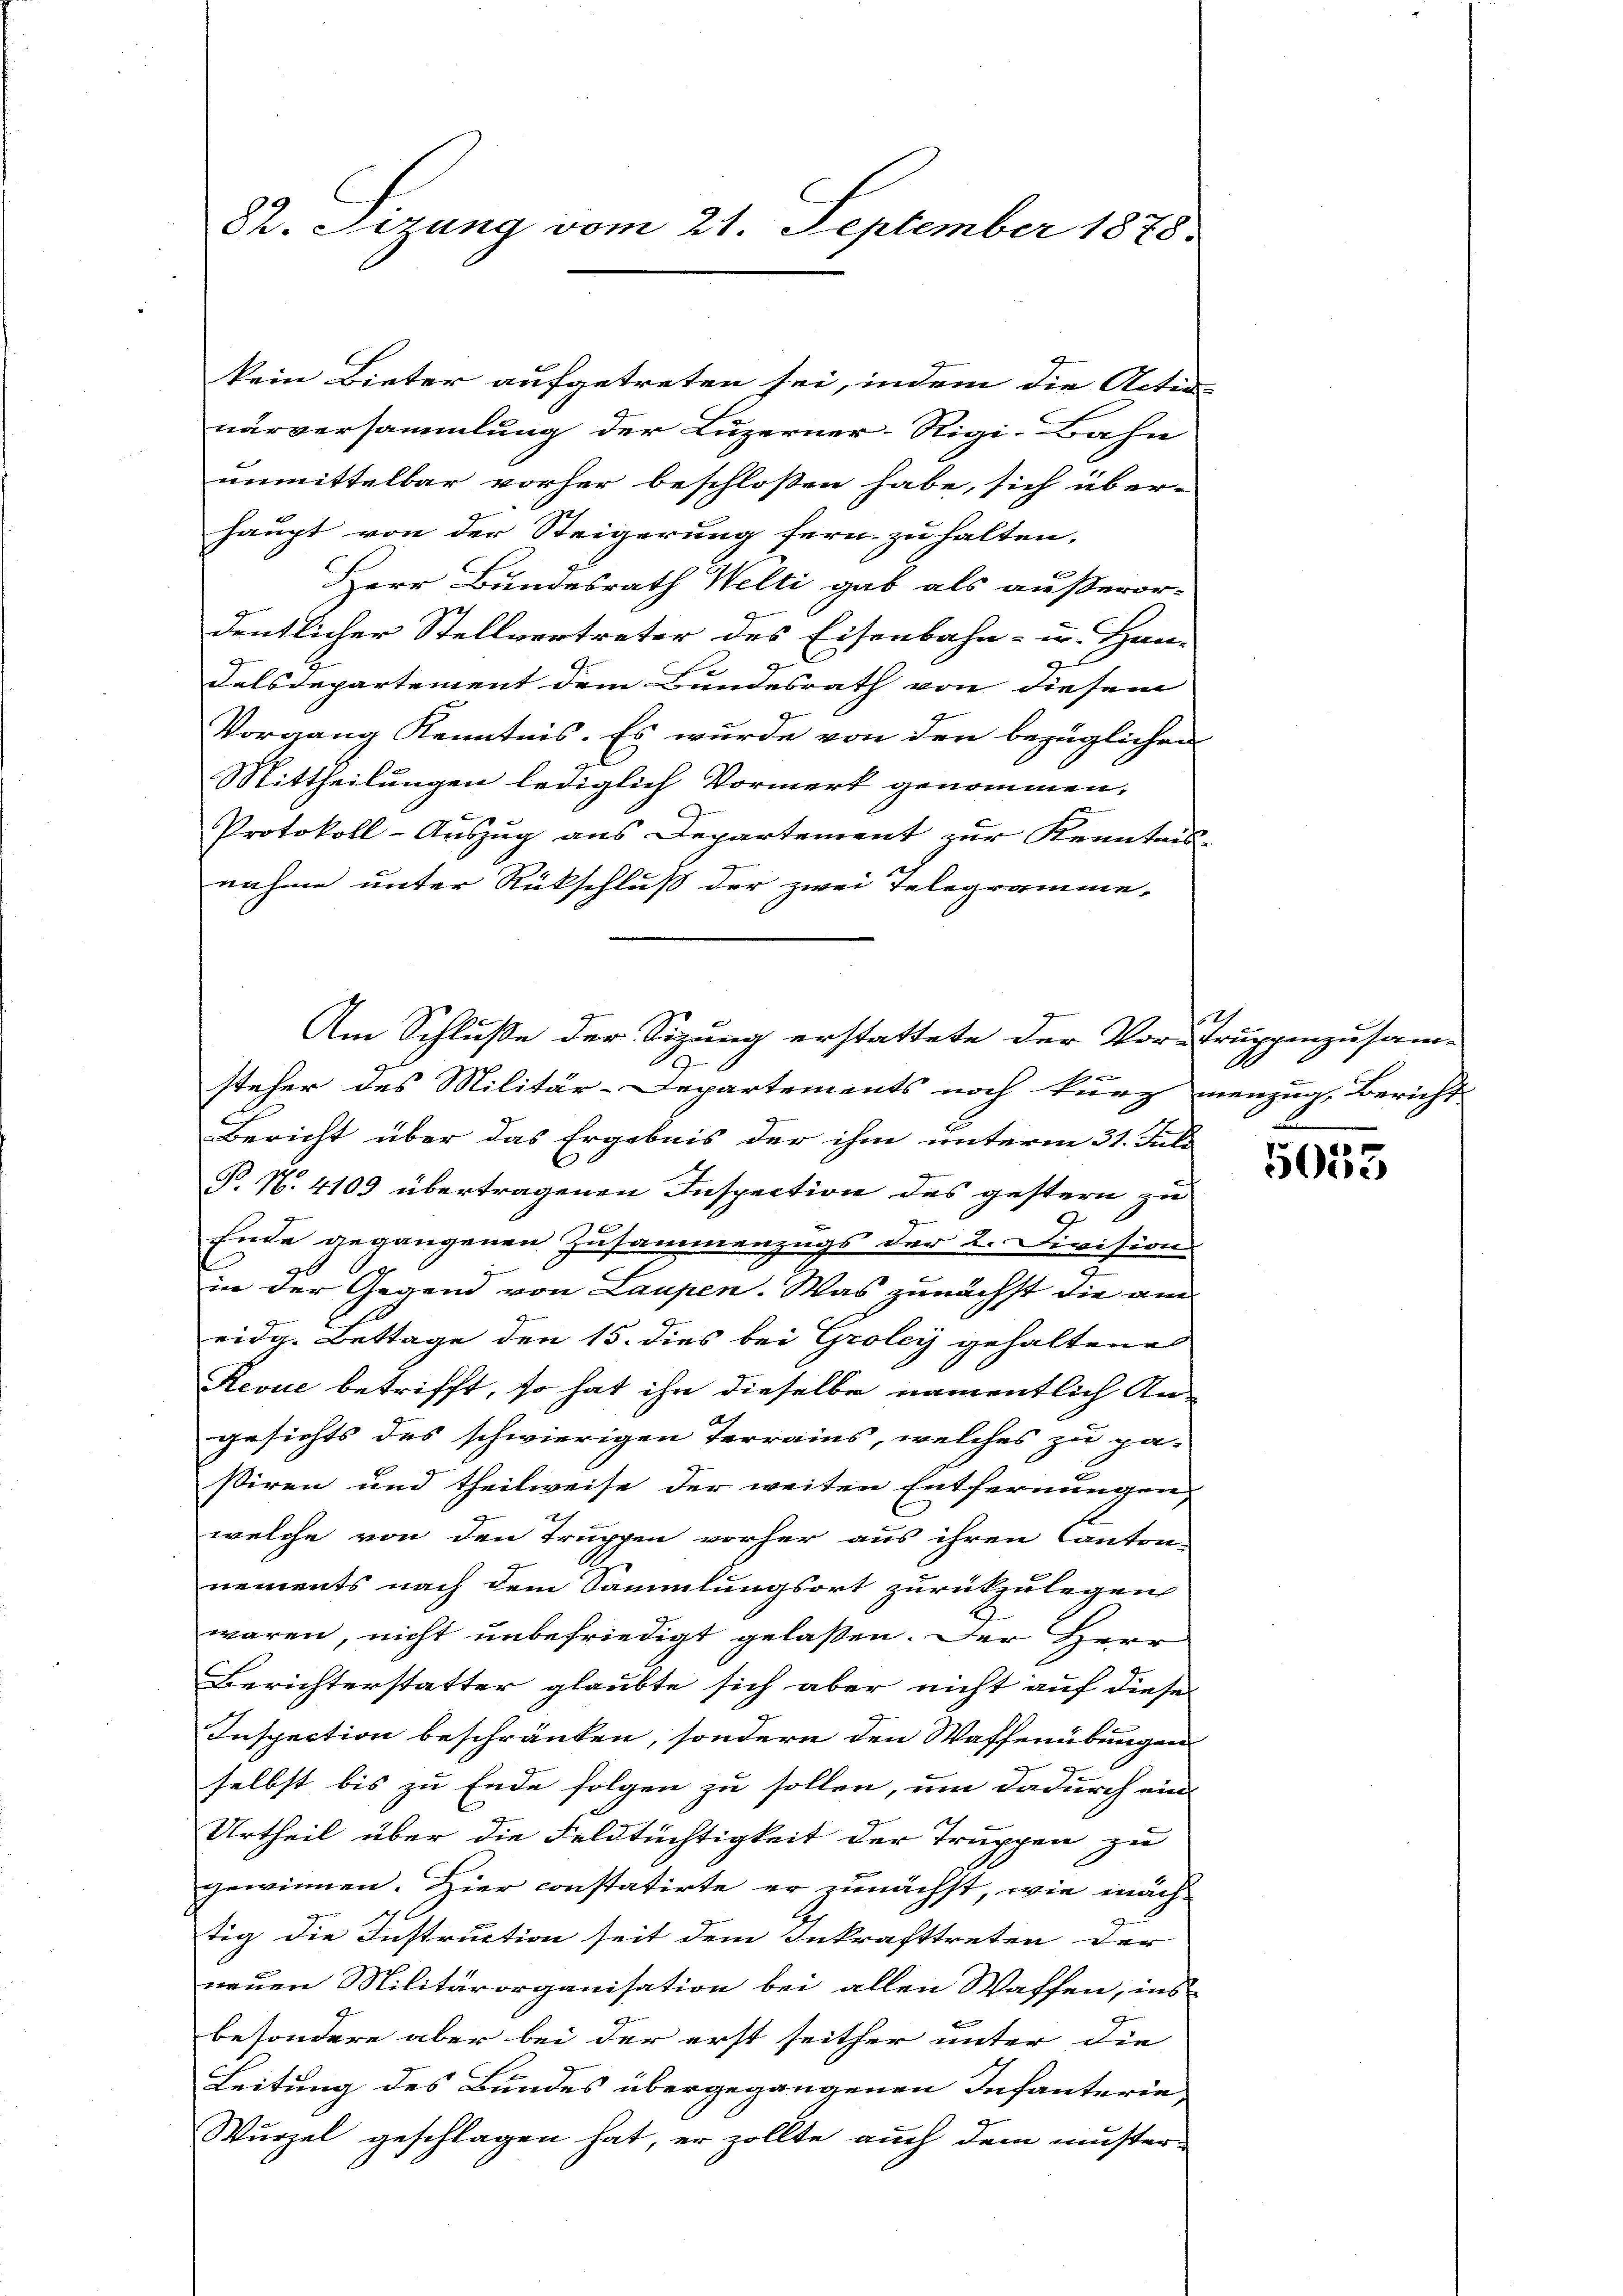
82. Sizung vom 21. September 1878.

kein Bieter aufgetreten sei, indem die Acten-
narversammlung der Luzerner-Rigi-Bahn
enmittelbar vorher beschloßen habe, sich überhaupt von der Steigerung fern zu halten,
Herr Bundesrath Welti gab als außeror-
dentlicher Stellvertreter des Eisenbahn- u. Han-
Felsdepartement dem Bundesrath von diesem |
Vorgang Kenntnis. Es wurde von den bezüglichen
Mittheilungen lediglich Vormerk genommen,
9
3
Protokoll-Auszug aus Departement zur Kenntnis-
g
nahme unter Rückschluß der zwei Telegramme-
Bericht über das Ergebnis der ihm unterm 31. Juli
P. N. 4109 übertragenen Inspection des gestern zu
Ende gegangenen Zusammenzugs der 2. Divisions
in der Gegend von Laupen. Was zunächst die am
eidg. Bettage den 15. dies bei Groley gehaltene
Revue betrifft, so hat ihn dieselbe namentlich An-
A
gesichts des schwierigen Terrains, welches zu pa-
siren und theilweise der weiten Entfernungen,
x
welche von den Truppen vorher aus ihren Canton-
nements nach dem Sammlungsort zurückzulegen
waren, nicht unbefriedigt gelaßen. Der Herr
Berichterstatter glaubte sich aber nicht auf diese
Inspection beschränken, sondern den Waffenübungen
selbst bis zu Ende folgen zu sollen, um dadurch ein
Urtheil über die Feldtüchtigkeit der Truppen zu
gewinnen. Hier constatirte er zunächst, wie mäch-
tig die Instruction seit dem Inkrafttreten der
neuen Militärorganisation bei allen Waffen, ins
besondere aber bei der erst seither unter die
Leitung des Bundes übergegangenen Infanterie,
Wurzel geschlagen hat, er sollte auch dem muster

Am Schluße der Sizung erstattete der Vortruppenzusam-
S
b
steher des Militär-Departements noch kurz menzug, Bericht

2

5033